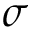
\sigma